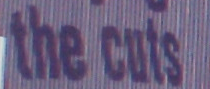
the cuts